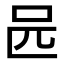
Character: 𠯕